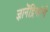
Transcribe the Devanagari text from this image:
ज्ञानेंद्रियांनी